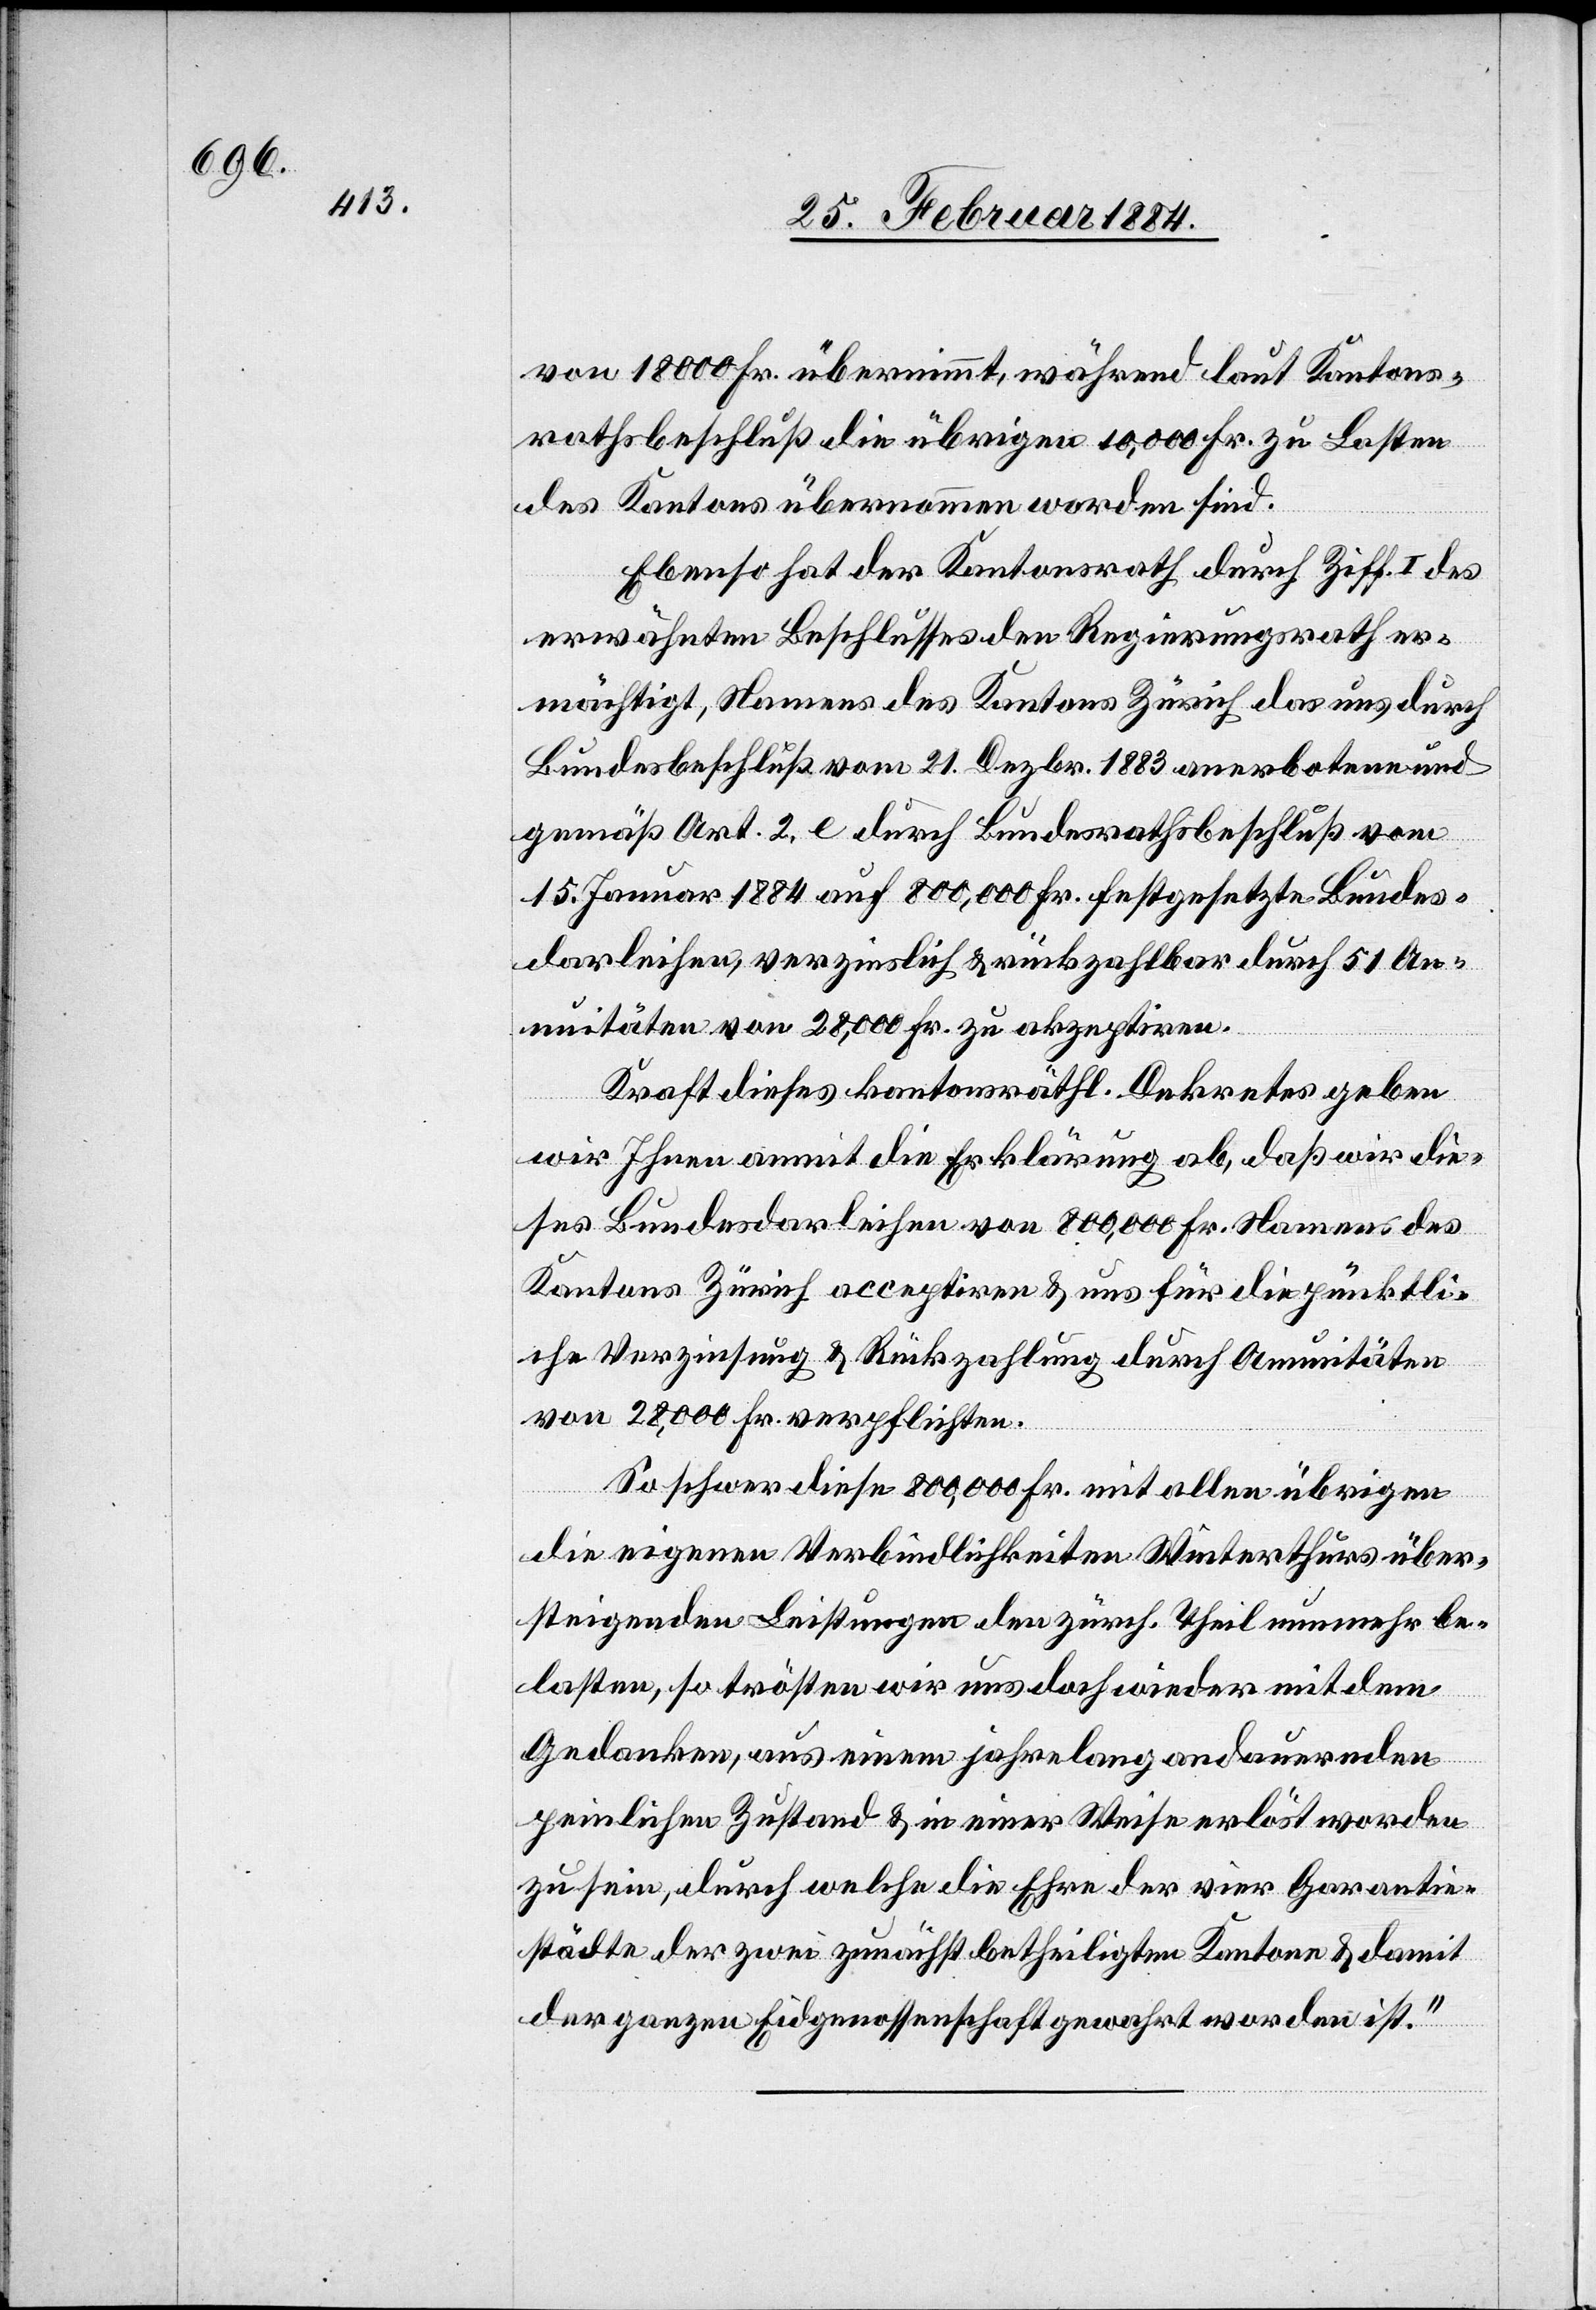
von 18,000 Fr. übernimmt, während laut Kantons¬
rathsbeschluß die übrigen 10,000 Fr. zu Lasten
des Kantons übernommen worden sind.
Ebenso hat der Kantonsrath durch Ziff. I des
Bundesbeschluß vom 21. Dezbr 1883 anerbotene und
gemäß Art. 2, e durch Bundesrathsbeschluß vom
15. Januar 1884 auf 800,000 Fr. festgesetzte Bundes¬
darleihen, verzinslich & rückzahlbar durch 51 An¬
nuitäten von 28,000 Fr. zu akzeptiren.
Kraft dieses kantonsräthl. Dekretes geben
wir Ihnen anmit die Erklärung ab, daß wir die¬
ses Bundesdarleihen von 800,000 Fr. Namens des
Kantons Zürich acceptiren & uns für die pünktli¬
che Verzinsung & Rückzahlung durch Annuitäten
von 28,000 Fr. verpflichten.
So schwer diese 800,000 Fr. mit allen übrigen
die eigenen Verbindlichkeiten Winterthurs über¬
steigenden Leistungen den zürch. Theil nunmehr be¬
lasten, so trösten wir uns doch wieder mit dem
Zürich,
Gedanken, aus einem jahrelang andauernden
uns
peinlichen Zustand & in einer Weise erlöst worden
zu sein, durch welche die Ehre der vier Garantie¬
städte, der zwei zunächst betheiligten Kantone & damit
der ganzen Eidgenossenschaft gewahrt worden ist.“